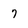
Character: 7